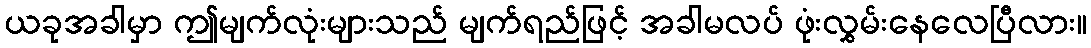
ယခုအခါမှာ ဤမျက်လုံးများသည် မျက်ရည်ဖြင့် အခါမလပ် ဖုံးလွှမ်းနေလေပြီလား။